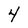
Character: 4